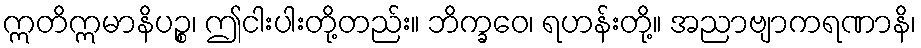
ဣတိဣမာနိပဉ္စ၊ ဤငါးပါးတို့တည်း။ ဘိက္ခဝေ၊ ရဟန်းတို့။ အညာဗျာကရဏာနိ၊